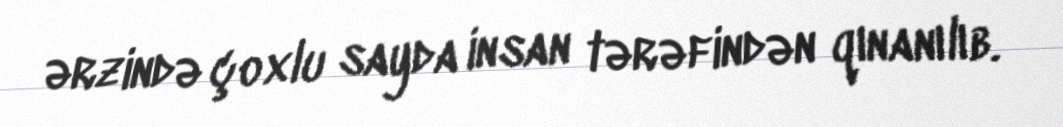
ərzində çoxlu sayda insan tərəfindən qınanılıb.